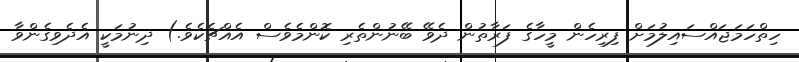
ހިތްހަމަޖައްސައިލުމަށް ފިރިހެން މީހާގެ ފަރާތުން ދެވޭ ބޭނުންތެރި ކޮންމެވެސް އެއްޗެކެވެ.) ދިނުމަކީ އެދެވިގެންވާ